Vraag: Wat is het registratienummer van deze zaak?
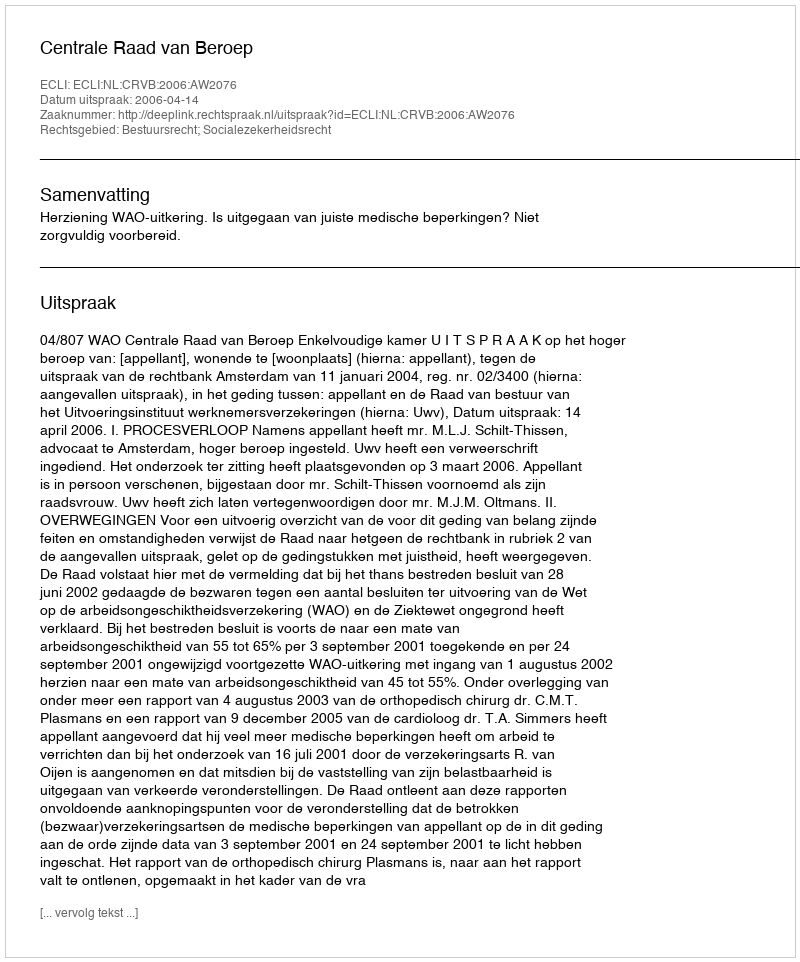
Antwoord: http://deeplink.rechtspraak.nl/uitspraak?id=ECLI:NL:CRVB:2006:AW2076